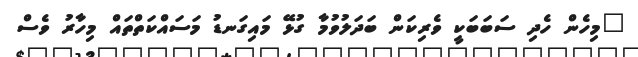
"މިހެން ހެދި ސަބަބަކީ ވެރިކަން ބަދަލުވުމާ ގުޅޭ މައިގަނޑު މަސައްކަތްތައް މިހާރު ވެސް